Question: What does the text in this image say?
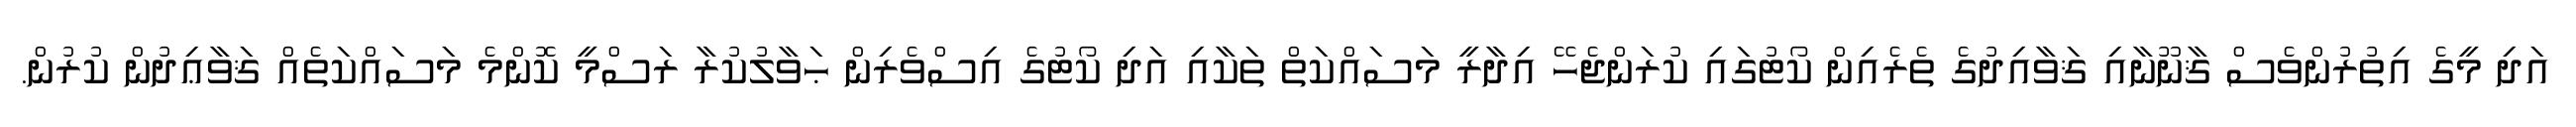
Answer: އަދި މީގެ އިތުރުންވެސް ޤާނޫނާއި ޤަވާއިދުގެ ތެރެއިން ކޯޓުގައި ކުރަންޖެހޭ އިދާރީ މަސައްކަތް ތަކާއި އަދި ކޯޓުގެ އިސްވެރިން ޙަވާލުކުރާ ރަސްމީ ކޮންމެ މަސައްކަތެއް ޤަވާޢިދުން ކުރުން.